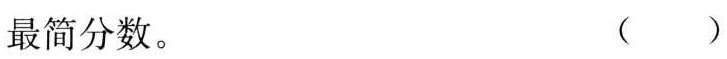
最简分数。( )